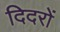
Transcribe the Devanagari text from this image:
दिदरों